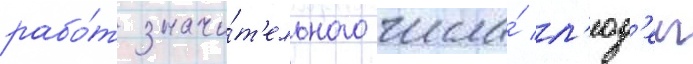
рабо́т значи́т'ельного числа́ л'юд'еи